Annual report on the health of the army in India
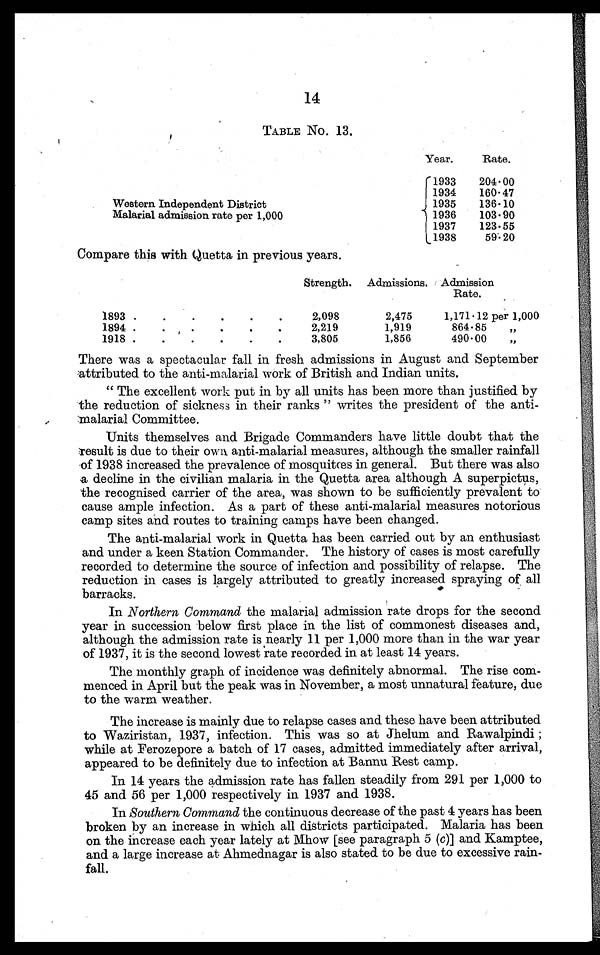
14
TABLE No. 13.
Western Independent District
Malarial admission rate per 1,000
Year.
Rate.
1933
204.00
1934
160.47
1935
136.10
1936
103.90
1937
123.55
1938
59.20
Compare this with Quetta in previous years.
Strength. Admissions. Admission
Rate.
1893 . . .
2,098
2,475
1,171.12 per 1,000
1894
. . .
2,219
1,919
864.85
„
191
8 . . .
3,805
1,856
490.00
"
There was a spectacular fall in fresh admissions in August and September
attributed to the anti-malarial work of British and Indian units.
"The excellent work put in by all units has been more than justified by
the reduction of sickness in their ranks" writes the president of the anti
-malarial Committee.
Units themselves and Brigade Commanders have little doubt that the
result is due to their own. anti-malarial measures, although the smaller rainfall
of 1938 increased the prevalence of mosquitœs in general. But there was also
a decline in the civilian malaria in the Quetta area although A superpictus,
the recognised carrier of the area, was shown to be sufficiently prevalent to
cause ample infection. As a part of these anti-malarial measures notorious
camp sites and routes to training camps have been changed.
The anti-malarial work in Quetta has been carried out by an enthusiast
and under a keen Station Commander. The history of cases is most carefully
recorded to determine the source of infection and possibility of relapse. The
reduction in cases is largely attributed to greatly increased spraying of all
barracks.
In Northern Command the malarial admission rate drops for the second
year in succession below first place in the list of commonest diseases and,
although the admission rate is nearly 11 per 1,000 more than in the war year
of 1937, it is the second lowest rate recorded in at least 14 years.
The monthly graph of incidence was definitely abnormal. The rise com-
menced in April but the peak was in November, a most unnatural feature, due
to the warm weather.
The increase is mainly due to relapse cases and these have been attributed
to Waziristan, 1937, infection. This was so at Jhelum and Rawalpindi;
while at Ferozepore a batch of 17 cases, admitted immediately after arrival,
appeared to be definitely due to infection at Bannu Rest camp.
In 14 years the admission rate has fallen steadily from 291 per 1,000 to
45 and 56 per 1,000 respectively in 1937 and 1938.
In Southern Command the continuous decrease of the past 4 years has been
broken by an increase in which all districts participated. Malaria has been
on the increase each year lately at Mhow [see paragraph 5 ( c)] and Kamptee,
and a large increase at Ahmednagar is also stated to be due to excessive rain-
-fall.